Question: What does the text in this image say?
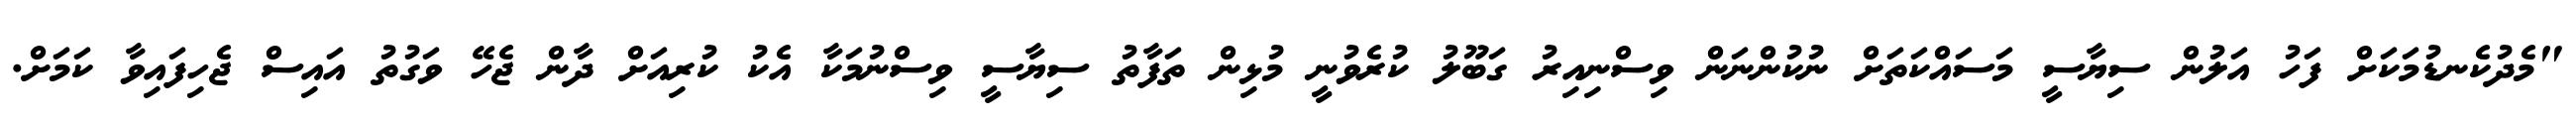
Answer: "މެދުކެނޑުމަކަށް ފަހު އަލުން ސިޔާސީ މަސައްކަތަށް ނުކުންނަން ވިސްނިއިރު ގަބޫލު ކުރެވުނީ މުޅިން ތަފާތު ސިޔާސީ ވިސްނުމަކާ އެކު ކުރިއަށް ދާން ޖެހޭ ވަގުތު އައިސް ޖެހިފައިވާ ކަމަށް.